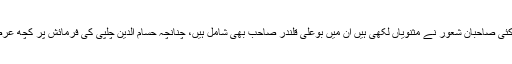
مولانا صاحب سے پہلے اور بعد میں کئی صاحبان شعور نے مثنویاں لکھی ہیں ان میں بوعلی قلندر صاحب بھی شامل ہیں، چنانچہ حسام الدین چلپی کی فرمائش پر کچھ عرصے بعد مثنوی کی تحریر کا آغاز ہوا۔